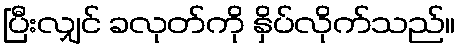
ပြီးလျှင် ခလုတ်ကို နှိပ်လိုက်သည်။